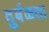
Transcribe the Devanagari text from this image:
दुर्बळता